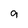
Character: g